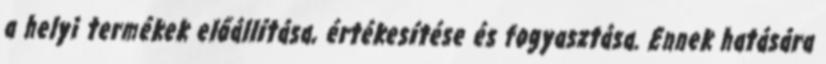
a helyi termékek előállítása, értékesítése és fogyasztása. Ennek hatására